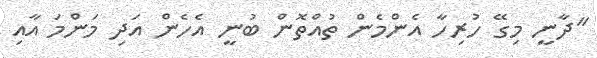
"ދާނީ މިގޭ ހުރިހާ އެންމެން ތުއްތޮން ބުނީ އެހެން އަދި މަންމަ އާއި